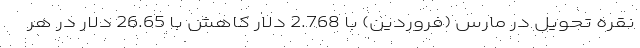
نقره تحویل در مارس (فروردین) با 2.768 دلار کاهش با 26.65 دلار در هر